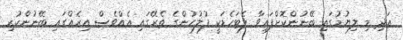
އަދި މި ލިޔުމުގައި ބޭނުންކޮށްފައިވާ ލެޓަހެޑަކީ ފުލުހުންގެ ތެރޭގައި އެއްވެސް އިރެއްގައި ބޭނުންކުރި